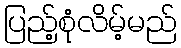
ပြည့်စုံလိမ့်မည်